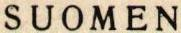
SUOMEN